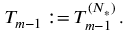
T _ { m - 1 } : = T _ { m - 1 } ^ { ( N _ { * } ) } \, .